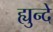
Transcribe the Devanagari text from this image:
ह्युन्दे